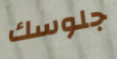
جلوسك